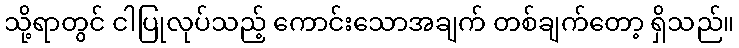
သို့ရာတွင် ငါပြုလုပ်သည့် ကောင်းသောအချက် တစ်ချက်တော့ ရှိသည်။